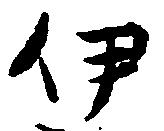
伊